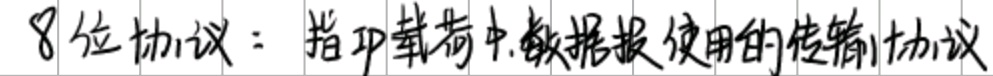
8位协议：指IP载荷中数据报使用的传输协议